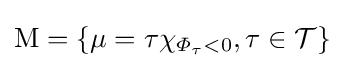
{\textstyle \mathrm {M} =\{\mu =\tau \chi _{\varPhi _{\tau }<0},\tau \in {\mathcal {T}}\}}